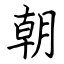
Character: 朝